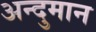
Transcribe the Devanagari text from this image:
अन्दुमान